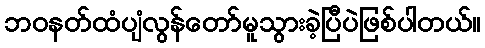
ဘဝနတ်ထံပျံလွန်တော်မူသွားခဲ့ပြီပဲဖြစ်ပါတယ်။